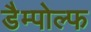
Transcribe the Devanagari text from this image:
डैम्पोल्फ